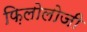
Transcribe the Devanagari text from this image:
फ़िलोलोजी